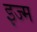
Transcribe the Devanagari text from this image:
इज्म